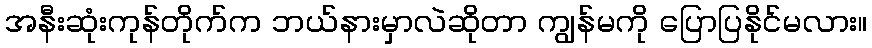
အနီးဆုံးကုန်တိုက်က ဘယ်နားမှာလဲဆိုတာ ကျွန်မကို ပြောပြနိုင်မလား။